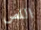
اللص